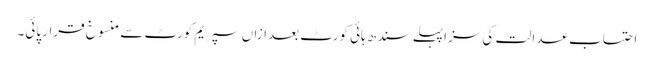
احتساب عدالت کی سزاپہلے سندھ ہائی کورٹ بعدازاں سپریم کورٹ سے منسوخ قرار پائی۔